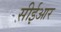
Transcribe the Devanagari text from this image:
सीईआर